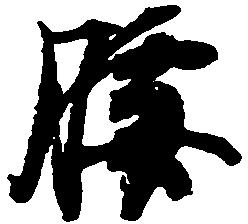
腰